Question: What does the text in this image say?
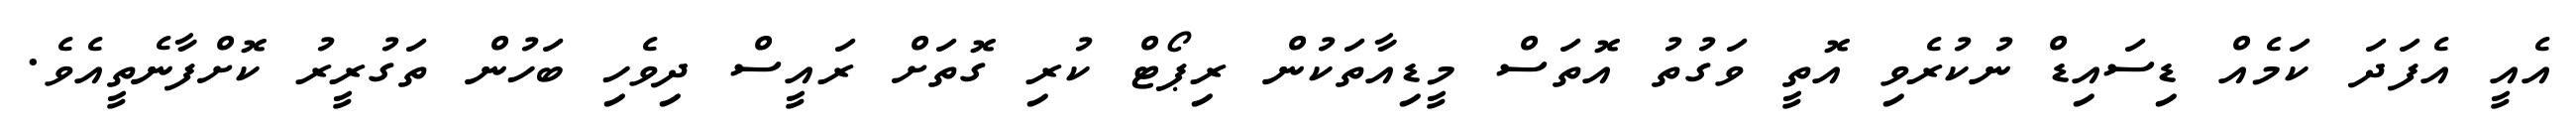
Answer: އެއީ އެފަދަ ކަމެއް ޑިސައިޑް ނުކުރެވި އޮތީ ވަގުތު އޮތަސް މީޑިއާތަކުން ރިޕޯޓް ކުރި ގޮތަށް ރައީސް ދިވެހި ބަހުން ތަގުރީރު ކޮށްފާނެތީއެވެ.